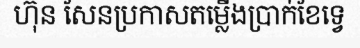
ហ៊ុន សែនប្រកាសតម្លើងប្រាក់ខែទ្វេ